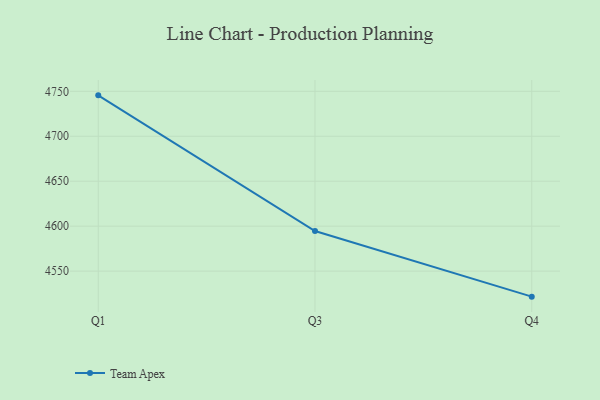
{"axis": {"x": "Quarter", "y": "Active Users"}, "legend": ["Team Apex"], "data": [{"x": "Q1", "y": 4745.5, "type": "Team Apex"}, {"x": "Q3", "y": 4594.6, "type": "Team Apex"}, {"x": "Q4", "y": 4521.6, "type": "Team Apex"}]}